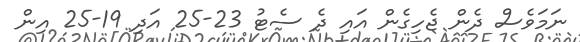
ނަމަވެސް ދެން ޖެހިގެން އައި ދެ ސެޓު 23-25 އަދި 19-25 އިން